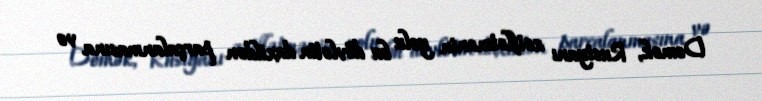
Demək, Rusiyanı zəiflətmənin yolu bu dövlətin daxildən parçalanmasına və